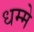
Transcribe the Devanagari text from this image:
धम्मे